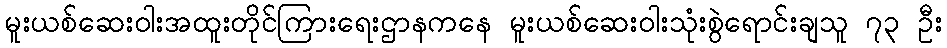
မူးယစ်ဆေးဝါးအထူးတိုင်ကြားရေးဌာနကနေ မူးယစ်ဆေးဝါးသုံးစွဲရောင်းချသူ ၇၃ ဦး